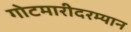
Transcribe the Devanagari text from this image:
गोटमारीदरम्यान